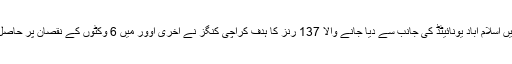
تفصیلات کے مطابق کراچی میں کھیلے جانے والے میچ میں اسلام آباد یونائیٹڈ کی جانب سے دیا جانے والا 137 رنز کا ہدف کراچی کنگز نے آخری اوور میں 6 وکٹوں کے نقصان پر حاصل کرلیا، شرجیل خان نے 37 رنز کی جارحانہ اننگز کھیلی۔